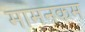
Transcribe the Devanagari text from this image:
मामनकम